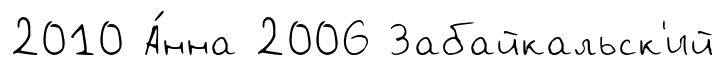
2010 А́нна 2006 Забайкальск'ий